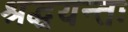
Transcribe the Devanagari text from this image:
श्रद्धयन्तः